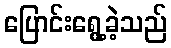
ပြောင်းရွေ့ခဲ့သည်